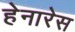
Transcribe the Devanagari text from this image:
हेनारेस